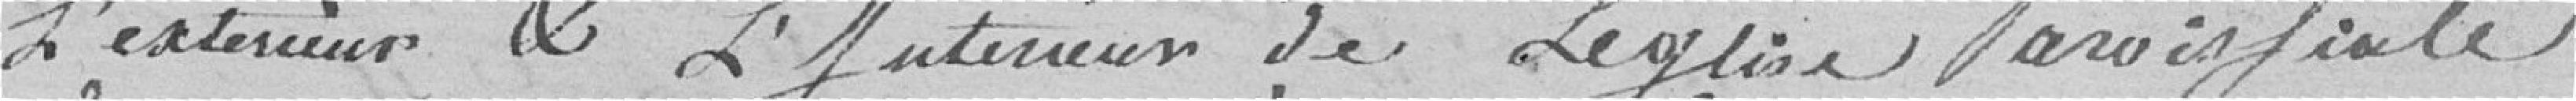
l'extérieur et l'intérieur de l'église paroissiale